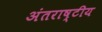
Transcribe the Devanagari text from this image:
अंतराष्टीय